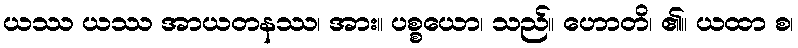
ယဿ ယဿ အာယတနဿ၊ အား။ ပစ္စယော၊ သည်။ ဟောတိ၊ ၏။ ယထာ စ၊